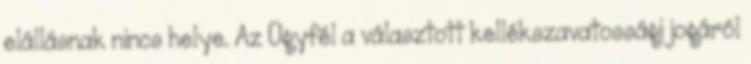
elállásnak nincs helye. Az Ügyfél a választott kellékszavatossági jogáról